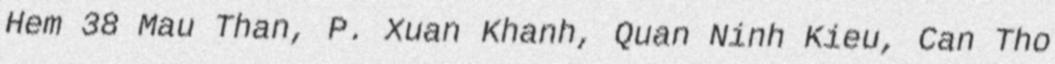
Hem 38 Mau Than, P. Xuan Khanh, Quan Ninh Kieu, Can Tho